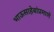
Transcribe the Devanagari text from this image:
भाऊसाहेबांप्रमाणे